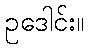
ဥဒေါင်း။